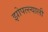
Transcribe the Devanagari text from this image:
झोपल्ल्याली